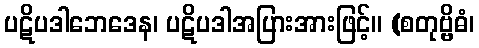
ပဋိပဒါဘေဒေန၊ ပဋိပဒါအပြားအားဖြင့်။ (စတုဗ္ဗိဓံ၊